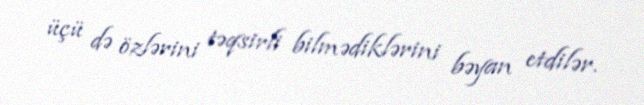
üçü də özlərini təqsirli bilmədiklərini bəyan etdilər.